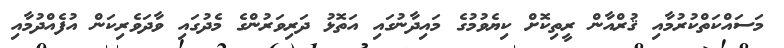
މަސައްކަތްކުރުމާއި ޤުރްއާން ރީތިކޮށް ކިޔެވުމުގެ މައިދާނުގައި އަތޮޅު ދަރިވަރުންގެ މެދުގައި ވާދަވެރިކަން އުފެއްދުމާއި